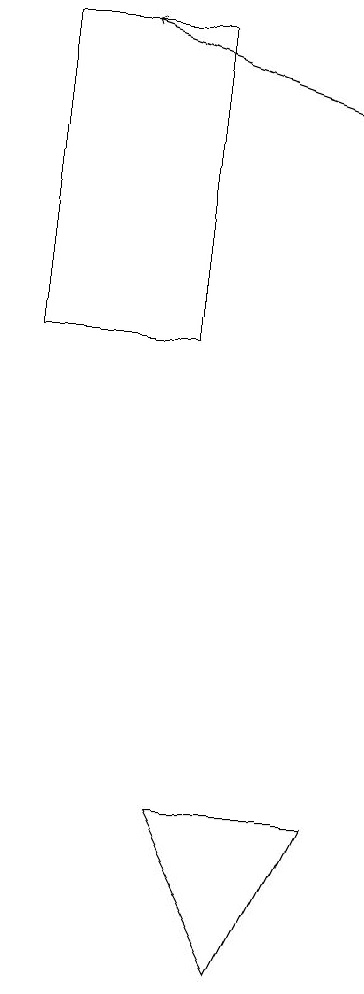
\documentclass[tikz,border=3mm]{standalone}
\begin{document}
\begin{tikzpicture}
\draw (5,9) -- (7,9) -- (6,7) -- cycle;
\draw[->] (7,18) -- (4,19);
\draw (3,15) rectangle (5,19);
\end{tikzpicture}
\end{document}